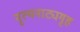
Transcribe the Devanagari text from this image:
नृत्यनाट्यगृह